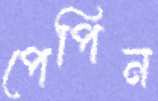
পেপিন